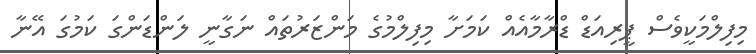
މިފިލްމަކީވެސް ޕީރިއަޑް ޑްރާމާއެއް ކަމަށާ މިފިލްމުގެ މަންޒަރުތައް ނަގާނީ ލަންޑަންގަ ކަމުގަ އޭނާ